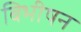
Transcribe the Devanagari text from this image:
बिभीषन